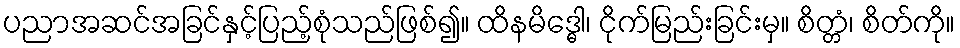
ပညာအဆင်အခြင်နှင့်ပြည့်စုံသည်ဖြစ်၍။ ထိနမိဒ္ဓေါ၊ ငိုက်မြည်းခြင်းမှ။ စိတ္တံ၊ စိတ်ကို။